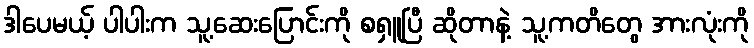
ဒါပေမယ့် ပါပါးက သူ့ဆေးပြောင်းကို စရှူပြီ ဆိုတာနဲ့ သူ့ကတိတွေ အားလုံးကို